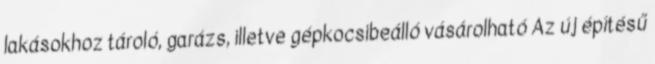
lakásokhoz tároló, garázs, illetve gépkocsibeálló vásárolható Az új építésű